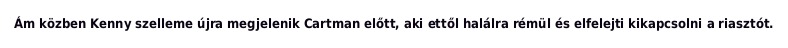
Ám közben Kenny szelleme újra megjelenik Cartman előtt, aki ettől halálra rémül és elfelejti kikapcsolni a riasztót.